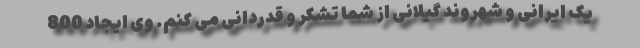
یک ایرانی و شهروند گیلانی از شما تشکر و قدردانی می کنم. وی ایجاد 800